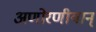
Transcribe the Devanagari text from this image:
अणोरणीयान्‌